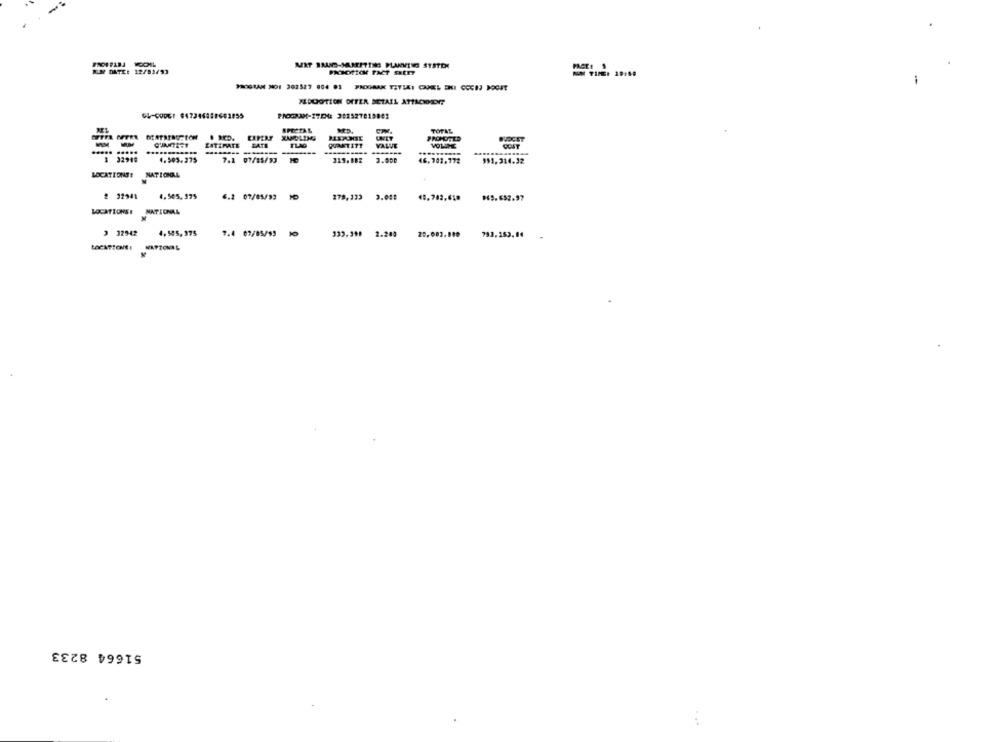
K.M DATE: 12/83/93
-
PROGRAM MOI 302527 004 01 FROGBAK TITIAI CANEL ENI COCH POCIT
XLDOGTICH OFFER DETAIL ATTACHMENT
PROGRAM-17ENG 352527819862
TOTAL
WET
PROMOTED
BUDGET
ESTIMATE
LATE
TLAG
QUANTITY
VALUE
VOLUME
..... .....
3 32949
4.505.275
7.2 07/85/93
3.000
46.702,772
991, 314.32
LOCATIONS: NATIONAL
2 32941
4.505.375
6.2 07/05/93
279,123
3.049
#45.632.97
LOCATIONS! NATIONAL
3 12942 4,585,375
9.4 07/05/93
339.390 2.200
20,003.000
793.253.84
51664 8233